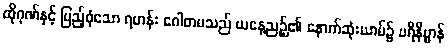
ထိုဂုဏ်နှင့် ပြည့်စုံသော ရဟန်း ဂေါတမသည် ယနေ့ညဉ့်၏ နောက်ဆုံးယာမ်၌ ပရိနိဗ္ဗာန်